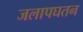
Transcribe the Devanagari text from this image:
जलापघतन